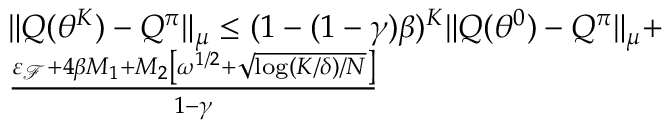
\begin{array} { r l } & { \| Q ( \theta ^ { K } ) - Q ^ { \pi } \| _ { \mu } \leq ( 1 - ( 1 - \gamma ) \beta ) ^ { K } \| Q ( \theta ^ { 0 } ) - Q ^ { \pi } \| _ { \mu } + } \\ & { \frac { \varepsilon _ { \mathcal { F } } + 4 \beta M _ { 1 } + M _ { 2 } \left[ \omega ^ { 1 / 2 } + \sqrt { \log ( K / \delta ) / N } \right] } { 1 - \gamma } } \end{array}